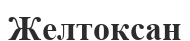
Желтоксан